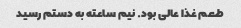
طعم غذا عالی بود. نیم ساعته به دستم رسید